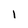
Character: 1